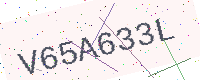
Text: V65A633L